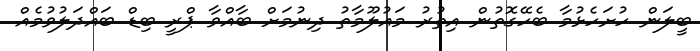
ބީލަން ހުށަހެޅުމާ ބެހޭގޮތުން އިތުރު މައުލޫމާތު ދިނުމަށް ބާއްވާ ޕްރީ ބިޑް ބައްދަލުވުމެއް